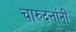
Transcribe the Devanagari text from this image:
चारुदत्तांनी